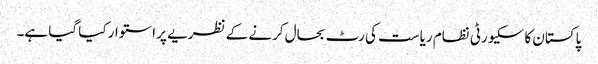
پاکستان کا سکیورٹی نظام ریاست کی رٹ بحال کرنے کے نظریے پر استوار کیا گیا ہے۔